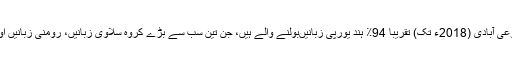
744 ملین کی مجموعی آبادی (2018ء تک) تقریباً 94٪ ہند یورپی زبانیںبولنے والے ہیں، جن تین سب سے بڑے کروہ سلاوی زبانیں، رومنی زبانیں اور جرمن زبانیں ہیں۔